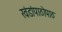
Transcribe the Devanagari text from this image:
खंडांपाठोपाठ